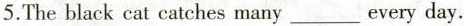
5.The black cat catches many___every day.